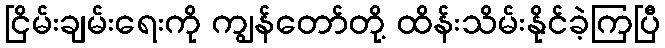
ငြိမ်းချမ်းရေးကို ကျွန်တော်တို့ ထိန်းသိမ်းနိုင်ခဲ့ကြပြီ